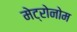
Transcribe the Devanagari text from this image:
मेट्रोनोम